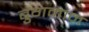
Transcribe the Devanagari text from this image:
ब्रुगमान